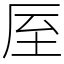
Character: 厔